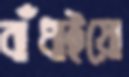
বাঁধাইয়ো